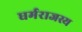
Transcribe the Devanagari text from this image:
धर्मराजस्य